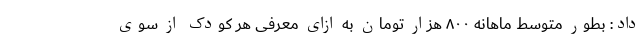
داد: بطور متوسط ماهانه ۸۰۰ هزار تومان به ازای معرفی هر کودک از سوی